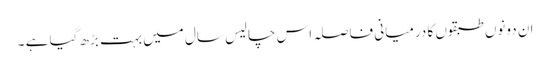
ان دونوں طبقوں کا درمیانی فاصلہ اس چالیس سال میں بہت بڑھ گیا ہے ۔